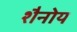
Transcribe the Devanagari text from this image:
शैनोय